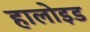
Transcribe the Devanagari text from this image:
हालोइड